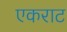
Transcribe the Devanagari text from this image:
एकराट